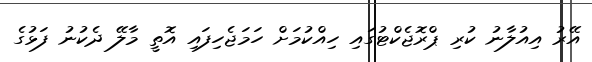
އޭރު އިއުލާނު ކުރި ޕްރޮޖެކްޓުގައި ހިއްކުމަށް ހަމަޖެހިފައި އޮތީ މާލޭ ދެކުނު ފަޅުގެ